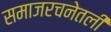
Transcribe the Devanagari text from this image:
समाजरचनेतली